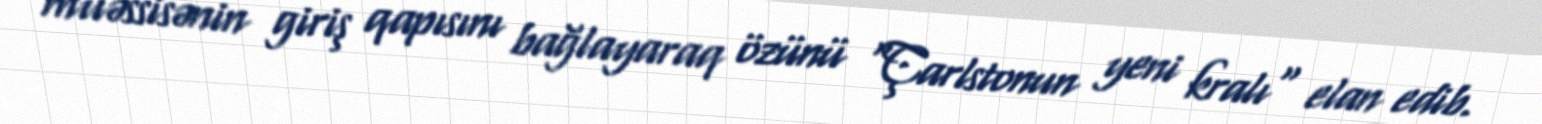
müəssisənin giriş qapısını bağlayaraq özünü "Çarlstonun yeni kralı" elan edib.